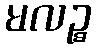
မလဉ္စ